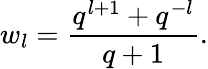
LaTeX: w_{l}=\frac{q^{l+1}+q^{-l}}{q+1}.